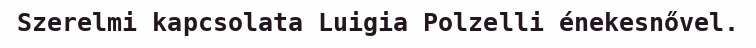
Szerelmi kapcsolata Luigia Polzelli énekesnővel.